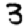
Digit: 3